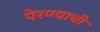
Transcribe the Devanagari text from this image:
पेरण्याची